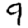
Digit: 9